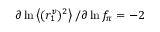
\partial \ln \left< ( r _ { 1 } ^ { v } ) ^ { 2 } \right> / \partial \ln f _ { \pi } = - 2